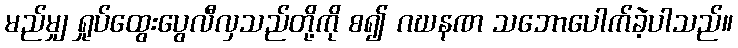
မည်မျှ ရှုပ်ထွေးပွေလီလှသည်တို့ကို စ၍ ဂဃနဏ သဘောပေါက်ခဲ့ပါသည်။